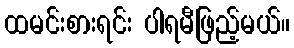
ထမင်းစားရင်း ပါရမီဖြည့်မယ်။